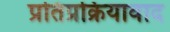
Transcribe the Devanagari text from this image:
प्रतिप्रक्रियावाद